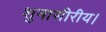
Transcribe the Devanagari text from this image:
शुनासीरीय।